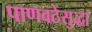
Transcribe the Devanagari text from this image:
पाणवठेसुद्धा